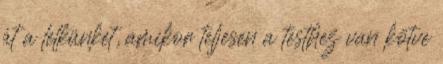
át a lelkünket, amikor teljesen a testhez van kötve